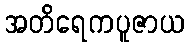
အတိရေကပူဇာယ